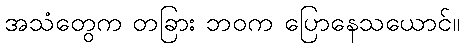
အသံတွေက တခြား ဘဝက ပြောနေသယောင်။